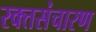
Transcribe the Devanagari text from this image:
रक्तसंचारण